Report on the working of the Ranchi Indian Mental Hospital, Kanke, in Bihar and Orissa - 1930-1940
Year: 1930
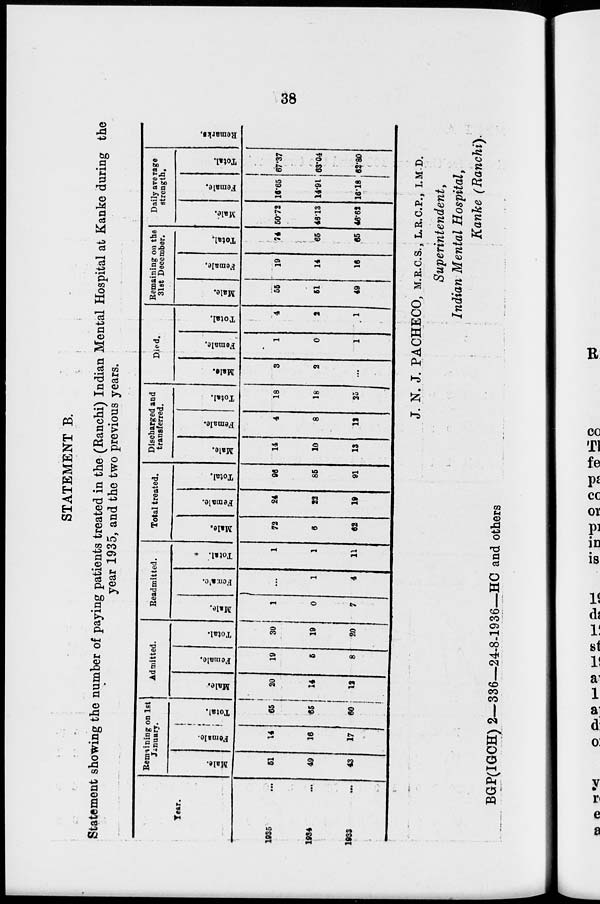
38
STATEMENT B.
Statement showing the number of paying patients treated in the (Ranchi) Indian Mental Hospital at Kanke during the
year 1935, and the two previous years.
Year.
1935 ...
1934 ...
1933 ...
Remaining on 1st
January.
Male.
51
49
43
Female.
14
16
17
Total.
65
65
60
Admitted.
Male.
20
14
12
Female.
19
5
8
Total.
39
19
20
Readmitted.
Male.
1
0
7
Females.
...
1
4
Total.
1
1
11
Total treated.
Male.
72
6
62
Female.
24
22
19
Total.
96
85
91
Discharged and
transferred.
Male.
14
10
13
Female.
4
8
12
Total.
18
18
25
Died.
Male.
3
2
...
Female.
1
0
1
Total.
4
2
1
Remaining on the
31st December.
Male.
65
51
49
Female.
19
14
16
Total.
74
65
65
Daily average
strength.
Male.
50.72
46.13
46.62
Female.
16.65
14.91
16.18
Total.
67.37
63.04
62.80
Remarks.
J. N. J. PACHECO, M.R.C.S., L.R.C.P., I.M.D.
Superintendent,
Indian Mental Hospital,
Kanke (Ranchi).
BGP(IGCH) 2—336—24-8-1936—HC and others